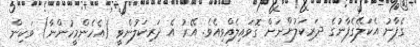
ގެފާނު އެކަލޭގެފާނުގެ ދަރިކަލުންނަށް ގޮވައިލެއްވިއެވެ. އޭރު އެ ދަރިކަލުންވީ (އެހެންމީހުންނާ) ވަކިން